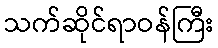
သက်ဆိုင်ရာဝန်ကြီး